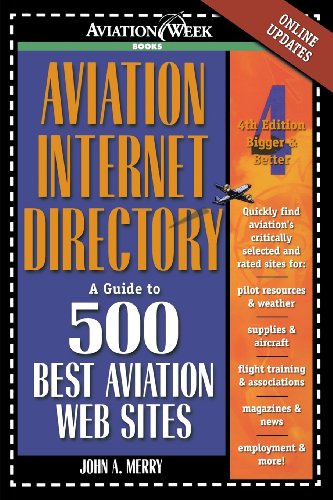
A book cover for Aviation Internet Directory: A Guide to the 500 Best Web Sites; John Merry; Engineering & Transportation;